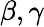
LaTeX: {\mathbf\beta,\gamma}